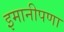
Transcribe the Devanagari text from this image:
इमानीपणा